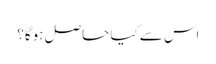
اس سے کیا حاصل ہوگا؟